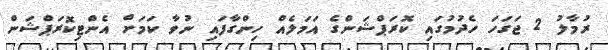
ރުމާލު 2 ޖަގަހަ ހެދުމުގައި ކޮރަޕްޝަންގެ އަމަލެއް ހިންގާފައި ނުވާ ކަމަށް އެންޓިކޮރަޕްޝަން